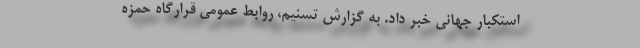
استکبار جهانی ‌خبر داد. به گزارش تسنیم، ‌روابط عمومی قرارگاه حمزه